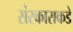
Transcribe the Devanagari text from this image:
संस्काराकडे